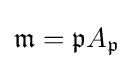
{\mathfrak {m}}={\mathfrak {p}}A_{\mathfrak {p}}